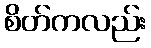
စိတ်ကလည်း